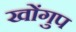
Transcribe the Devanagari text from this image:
खोंगुप